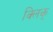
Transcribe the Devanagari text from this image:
क्लिक्